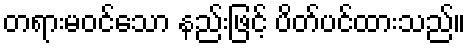
တရားမဝင်သော နည်းဖြင့် ပိတ်ပင်ထားသည်။